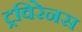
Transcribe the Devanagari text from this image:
ट्रविरेनस